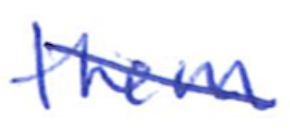
Text: them
Cross-out: diagonal
Writing tool: ballpoint